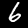
Digit: 6